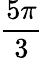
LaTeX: \frac{5\pi}{3}